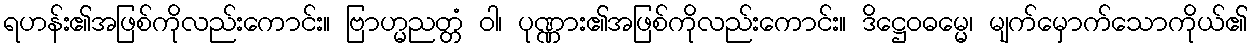
ရဟန်း၏အဖြစ်ကိုလည်းကောင်း။ ဗြာဟ္မညတ္တံ ဝါ၊ ပုဏ္ဏား၏အဖြစ်ကိုလည်းကောင်း။ ဒိဋ္ဌေဝဓမ္မေ၊ မျက်မှောက်သောကိုယ်၏